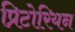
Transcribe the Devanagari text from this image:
प्रिटोरियन